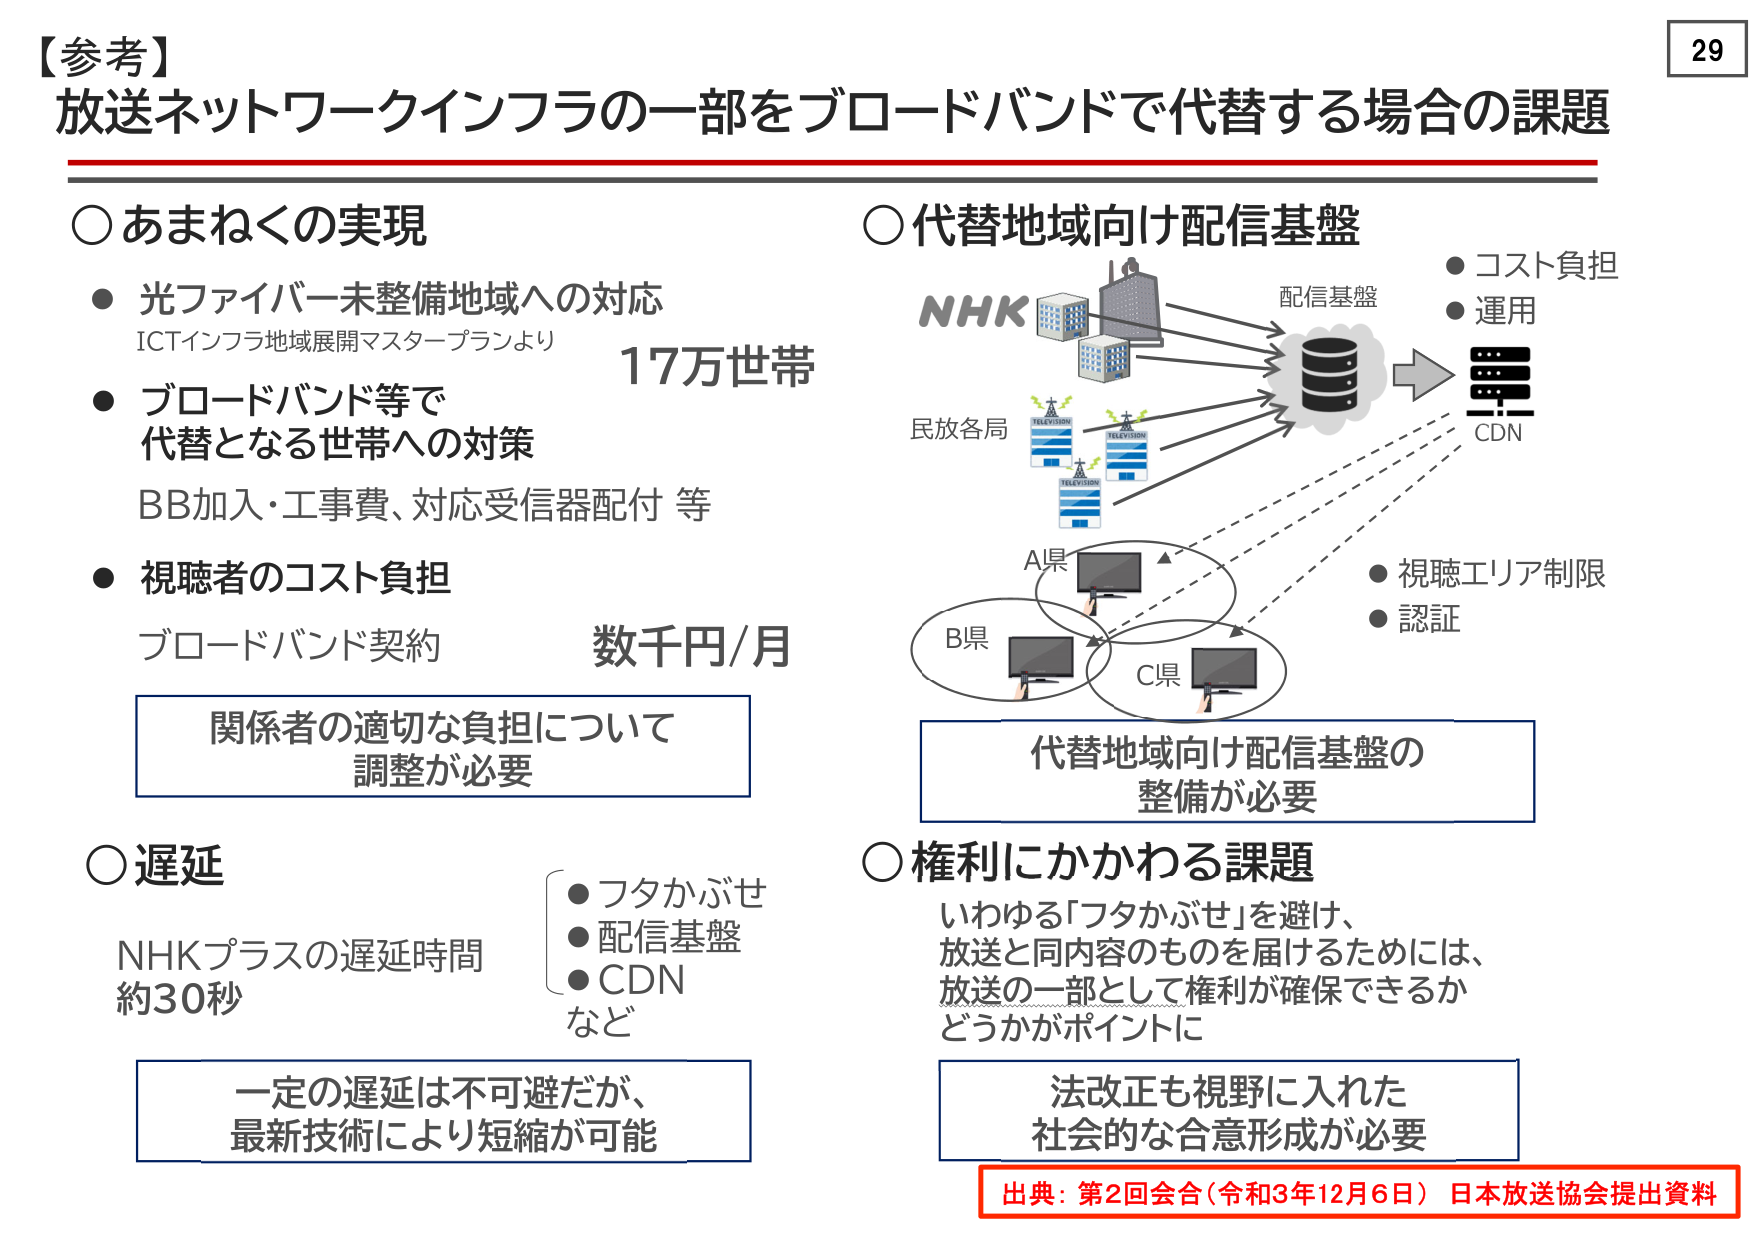
【参考】
放送ネットワークインフラの一部をブロードバンドで代替する場合の課題

○あまねくの実現
● 光ファイバー未整備地域への対応
　ICTインフラ地域展開マスタープランより
　17万世帯
● ブロードバンド等で
　代替となる世帯への対策
　BB加入・工事費、対応受信器配付 等
● 視聴者のコスト負担
　ブロードバンド契約　数千円/月
　関係者の適切な負担について
　調整が必要

○遅延
NHKプラスの遅延時間
約30秒
　● フタかぶせ
　● 配信基盤
　● CDN
　など
　一定の遅延は不可避だが、
　最新技術により短縮が可能

○代替地域向け配信基盤
　NHK
　民放各局
　配信基盤
　CDN
　● コスト負担
　● 運用
　● 視聴エリア制限
　● 認証
　代替地域向け配信基盤の
　整備が必要

○権利にかかわる課題
　いわゆる「フタかぶせ」を避け、
　放送と同内容のものを届けるためには、
　放送の一部として権利が確保できるか
　どうかがポイントに
　法改正も視野に入れた
　社会的な合意形成が必要

出典：第2回会合（令和3年12月6日）日本放送協会提出資料

29